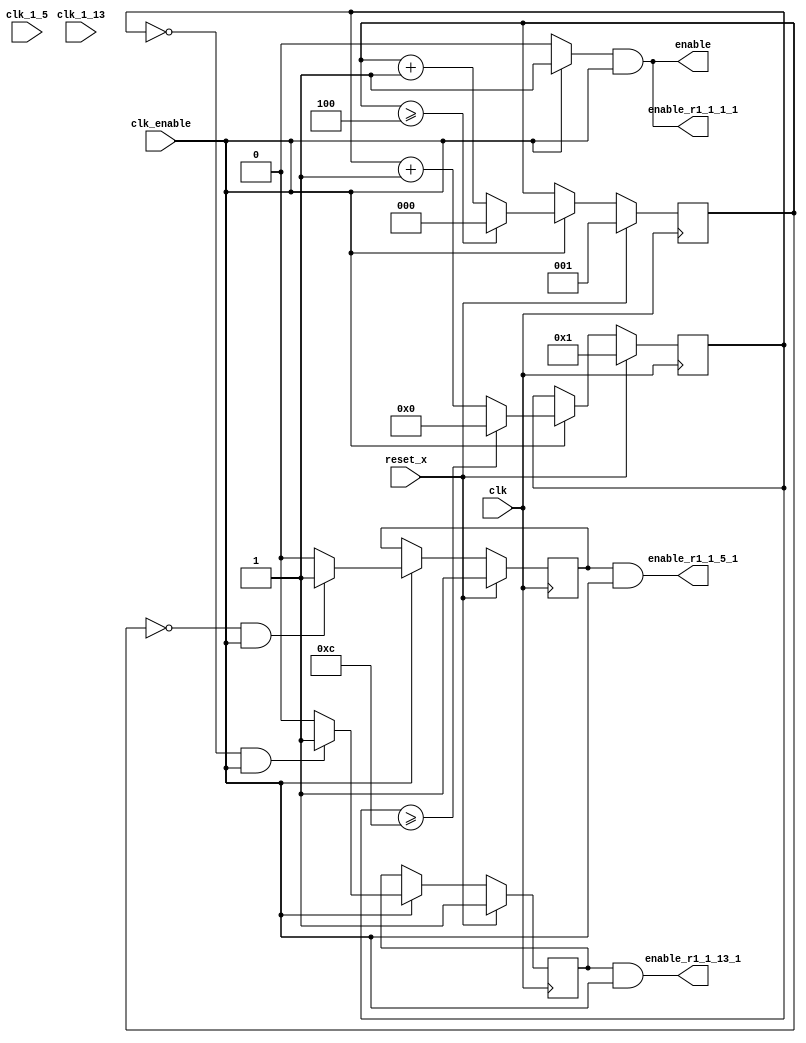
// -------------------------------------------------------------
// 
// 
// Generated by MATLAB 9.11 and HDL Coder 3.19
// 
// -------------------------------------------------------------


// -------------------------------------------------------------
// 
// Module: Subsystem_timigcontroller_d1
// Source Path: Subsystem_timigcontroller_d1
// Hierarchy Level: 1
// 
// Master clock enable input: clk_enable
// 
// enable      : identical to clk_enable
// enable_r1_1_1_1: identical to clk_enable
// enable_r1_1_5_1: 5x slower than clk with phase 1
// enable_r1_1_13_1: 13x slower than clk with phase 1
// 
// -------------------------------------------------------------

`timescale 1 ns / 1 ps

module Subsystem_timigcontroller_d1
          (clk,
           clk_1_5,
           clk_1_13,
           reset_x,
           clk_enable,
           enable,
           enable_r1_1_1_1,
           enable_r1_1_5_1,
           enable_r1_1_13_1);


  input   clk;
  input   clk_1_5;
  input   clk_1_13;
  input   reset_x;
  input   clk_enable;
  output  enable;
  output  enable_r1_1_1_1;
  output  enable_r1_1_5_1;
  output  enable_r1_1_13_1;


  reg [2:0] count5;  // ufix3
  reg  phase_1;
  wire phase_1_tmp;
  reg [3:0] count13;  // ufix4
  reg  phase_1_1;
  wire phase_1_tmp_1;
  reg [6:0] count65;  // ufix7
  wire phase_all;
  wire reset_x_1_5_1;
  wire reset_x_1_13_1;
  wire enable_1_5_0_1;
  wire enable_1_13_0_1;


  always @ (posedge clk)
    begin: Counter5
      if (reset_x == 1'b1) begin
        count5 <= 3'b001;
      end
      else begin
        if (clk_enable == 1'b1) begin
          if (count5 >= 3'b100) begin
            count5 <= 3'b000;
          end
          else begin
            count5 <= count5 + 3'b001;
          end
        end
      end
    end // Counter5

  always @ ( posedge clk)
    begin: temp_process1
      if (reset_x == 1'b1) begin
        phase_1 <= 1'b1;
      end
      else begin
        if (clk_enable == 1'b1) begin
          phase_1 <= phase_1_tmp;
        end
      end
    end // temp_process1

  assign  phase_1_tmp = (count5 == 3'b000 && clk_enable == 1'b1) ? 1'b1 : 1'b0;

  always @ (posedge clk)
    begin: Counter13
      if (reset_x == 1'b1) begin
        count13 <= 4'b0001;
      end
      else begin
        if (clk_enable == 1'b1) begin
          if (count13 >= 4'b1100) begin
            count13 <= 4'b0000;
          end
          else begin
            count13 <= count13 + 4'b0001;
          end
        end
      end
    end // Counter13

  always @ ( posedge clk)
    begin: temp_process2
      if (reset_x == 1'b1) begin
        phase_1_1 <= 1'b1;
      end
      else begin
        if (clk_enable == 1'b1) begin
          phase_1_1 <= phase_1_tmp_1;
        end
      end
    end // temp_process2

  assign  phase_1_tmp_1 = (count13 == 4'b0000 && clk_enable == 1'b1) ? 1'b1 : 1'b0;


  assign phase_all = clk_enable ? 1'b1 : 1'b0;

  assign enable =  phase_all & clk_enable;

  assign enable_r1_1_1_1 =  phase_all & clk_enable;

  assign enable_r1_1_5_1 =  phase_1 & clk_enable;

  assign enable_r1_1_13_1 =  phase_1_1 & clk_enable;


endmodule  // Subsystem_timigcontroller_d1